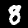
Digit: 8